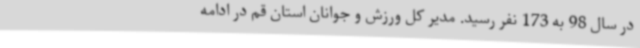
در سال 98 به 173 نفر رسید. مدیر کل ورزش و جوانان استان قم در ادامه